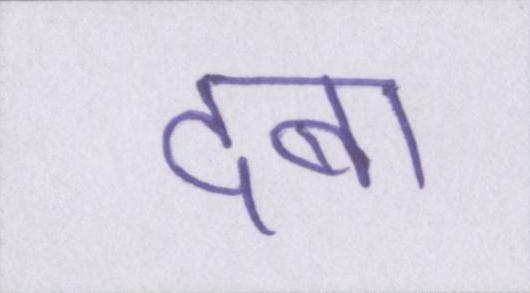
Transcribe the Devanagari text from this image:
दबा